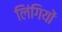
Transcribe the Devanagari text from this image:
लिंगियों